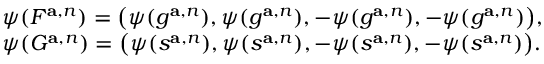
\begin{array} { r l } & { \psi ( F ^ { \mathbf { a } , n } ) = \big ( \psi ( g ^ { \mathbf { a } , n } ) , \psi ( g ^ { \mathbf { a } , n } ) , - \psi ( g ^ { \mathbf { a } , n } ) , - \psi ( g ^ { \mathbf { a } , n } ) \big ) , } \\ & { \psi ( G ^ { \mathbf { a } , n } ) = \big ( \psi ( s ^ { \mathbf { a } , n } ) , \psi ( s ^ { \mathbf { a } , n } ) , - \psi ( s ^ { \mathbf { a } , n } ) , - \psi ( s ^ { \mathbf { a } , n } ) \big ) . } \end{array}